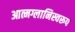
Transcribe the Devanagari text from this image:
आत्मग्लानिस्वरूप